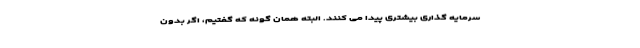
سرمایه گذاری بیشتری پیدا می کنند. البته همان گونه که گفتیم، اگر بدون